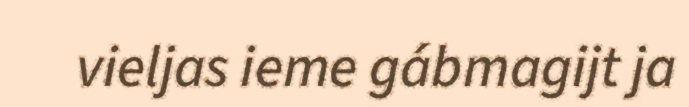
vieljas ieme gábmagijt ja